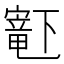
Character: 𫴋